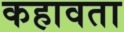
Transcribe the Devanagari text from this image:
कहावता